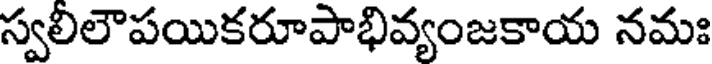
స్వలిలౌపయికరూపాభివ్యంజకాయ నమః